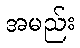
အမည်း